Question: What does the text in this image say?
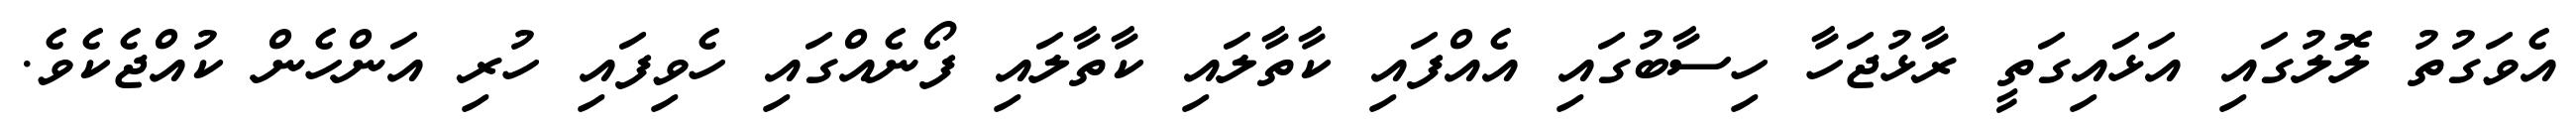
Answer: އެވަގުތު ލޮލުގައި އަޅައިގަތީ ރާޅުޖަހާ ހިސާބުގައި އެއްފައި ކާތާލައި ކާތާލައި ފޯނެއްގައި ހެވިފައި ހުރި އަންހެން ކުއްޖެކެވެ.